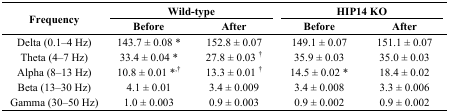
| <ROWSPAN=2> Frequency | <COLSPAN=2> Wild-type | <COLSPAN=2> HIP14 KO |
 | Before | After | Before | After |
 | --- | --- | --- | --- | --- |
 | Delta (0.1–4 Hz) | 143.7 ± 0.08 * | 152.8 ± 0.07 | 149.1 ± 0.07 | 151.1 ± 0.07 |
 | Theta (4–7 Hz) | 33.4 ± 0.04 * | 27.8 ± 0.03 † | 35.9 ± 0.03 | 35.0 ± 0.03 |
 | Alpha (8–13 Hz) | 10.8 ± 0.01 *,† | 13.3 ± 0.01 † | 14.5 ± 0.02 * | 18.4 ± 0.02 |
 | Beta (13–30 Hz) | 4.1 ± 0.01 | 3.4 ± 0.009 | 3.4 ± 0.008 | 3.3 ± 0.006 |
 | Gamma (30–50 Hz) | 1.0 ± 0.003 | 0.9 ± 0.003 | 0.9 ± 0.002 | 0.9 ± 0.002 |